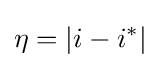
\eta =|i-i^{*}|